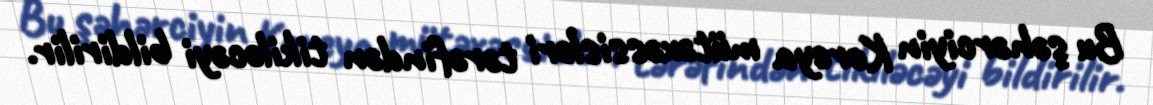
Bu şəhərciyin Koreya mütəxəssisləri tərəfindən tikiləcəyi bildirilir.